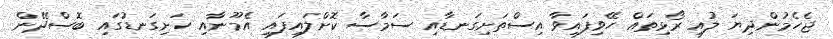
ޖެހެމުންދިޔަ ލުއި ރޯޅިތައް ހޭވިފައިވާ އިސްތަށިގަނޑާއި ސަމާސާ ކޮށްލައިފައި އެމޫނާއި ހަށިގަނޑުގައި ބޮސްދޭން